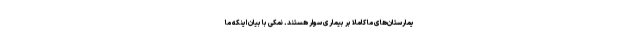
یمارستان‌های ما کاملاً بر بیماری سوار هستند. نمکی با بیان اینکه ما